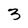
Character: 3